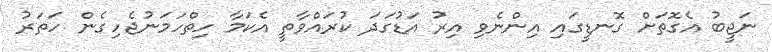
ނަޖީބު އެގޮތަށް ގޮނޑީގައި އިންނެވި އިރު އަޑުގަދަ ކުރައްވާތީ އެކަމާ ހިތްހަމަނުޖެހިގެން ހަތަރު